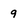
Character: 9